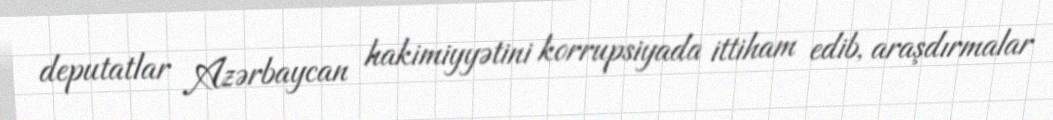
deputatlar Azərbaycan hakimiyyətini korrupsiyada ittiham edib, araşdırmalar